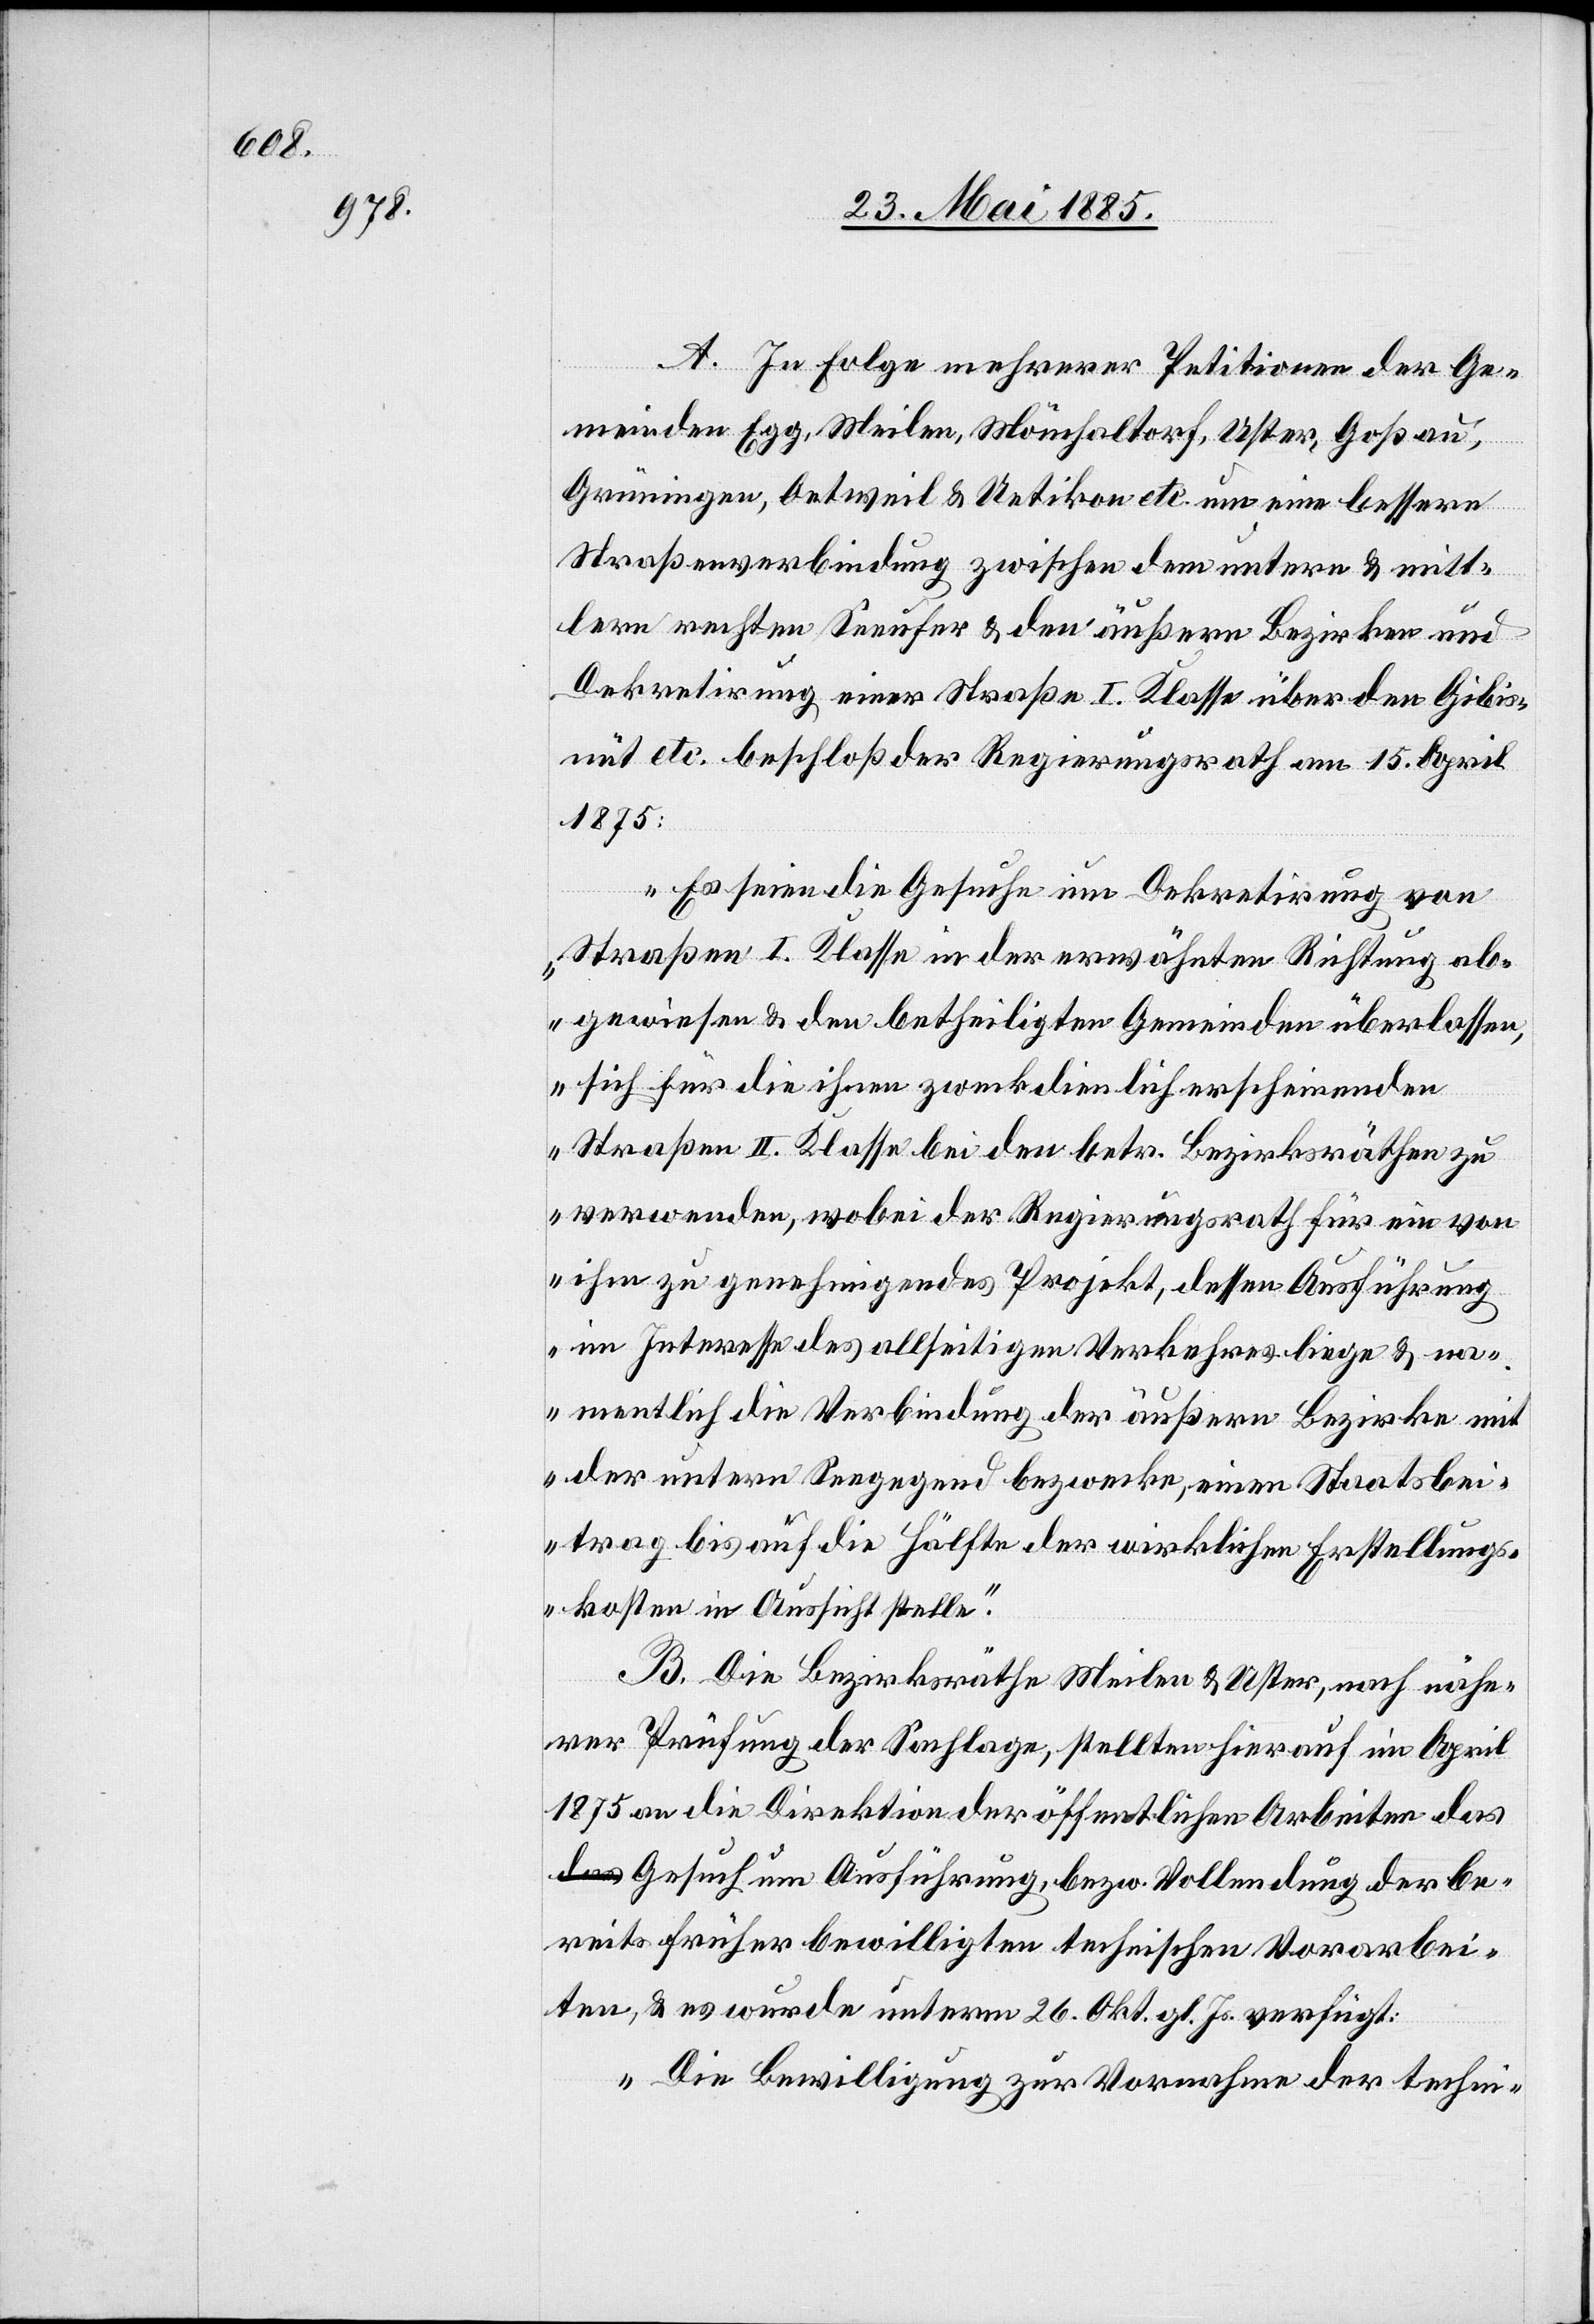
A. In folge mehrerer Petitionen der Ge¬
meinden Egg, Meilen Mönchaltorf, Uster Goßau,
Grüningen, Oetweil & Uetikon etc. um eine bessere
Straßenverbindung zwischen dem untern & mitt¬
lern rechten Seeufer & den äußern Bezirken und
Dekretirung einer Straße I. Klasse über den Gibis¬
nüt etc. beschloß der Regierungsrath am 15. April
1875:
„Es seien die Gesuche um Dekretirung von
Straßen I. Klasse in der erwähnten Richtung ab¬
gewiesen & den betheiligten Gemeinden überlassen,
sich für die ihnen zweckdienlich erscheinenden
Straßen II. Klasse bei den betr. Bezirksräthen zu
verwenden, wobei der Regierungsrath für ein von
ihm zu genehmigendes Projekt, dessen Ausführung
im Interesse des allseitigen Verkehrs liege & n¬
amentlich die Verbindung der äußern Bezirke mit
der untern Seegegend bezwecke, einen Staatsbei¬
trag bis auf die Hälfte der wirklichen Erstellung¬
skosten in Aussicht stelle.“
B. Die Bezirksräthe Meilen & Uster, nach nähe¬
rer Prüfung der Sachlage, stellten hierauf im April
1875 an die Direktion der öffentlichen Arbeiten das
Gesuch um Ausführung, bezw. Vollendung der be¬
reits früher bewilligten technischen Vorarbei¬
ten, & es wurde unterm 26. Okt. gl. Js. verfügt:
„Die Bewilligung zur Vornahme der techni-